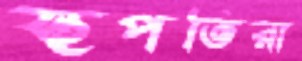
স্থপতিরা